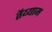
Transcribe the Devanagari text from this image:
तैय्याम